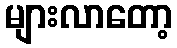
များလာတော့